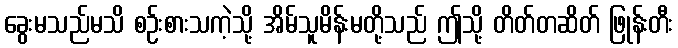
ခွေးမသည်မသိ စဉ်းစားသကဲ့သို့ အိမ်သူမိန်းမတို့သည် ဤသို့ တိတ်တဆိတ် ဖြုန်းတီး